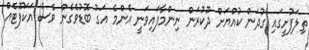
ތިލަފުށީގައި ގުދަން ކުއްޔަށް ދޫކުރަން ނިންމާފައިވަނީ އެންމެ އަގު ބޮޑުވެގެން ވެސް އަކަފޫޓެއް